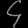
Digit: ၄